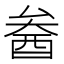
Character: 𨠒